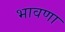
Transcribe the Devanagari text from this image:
भावणा